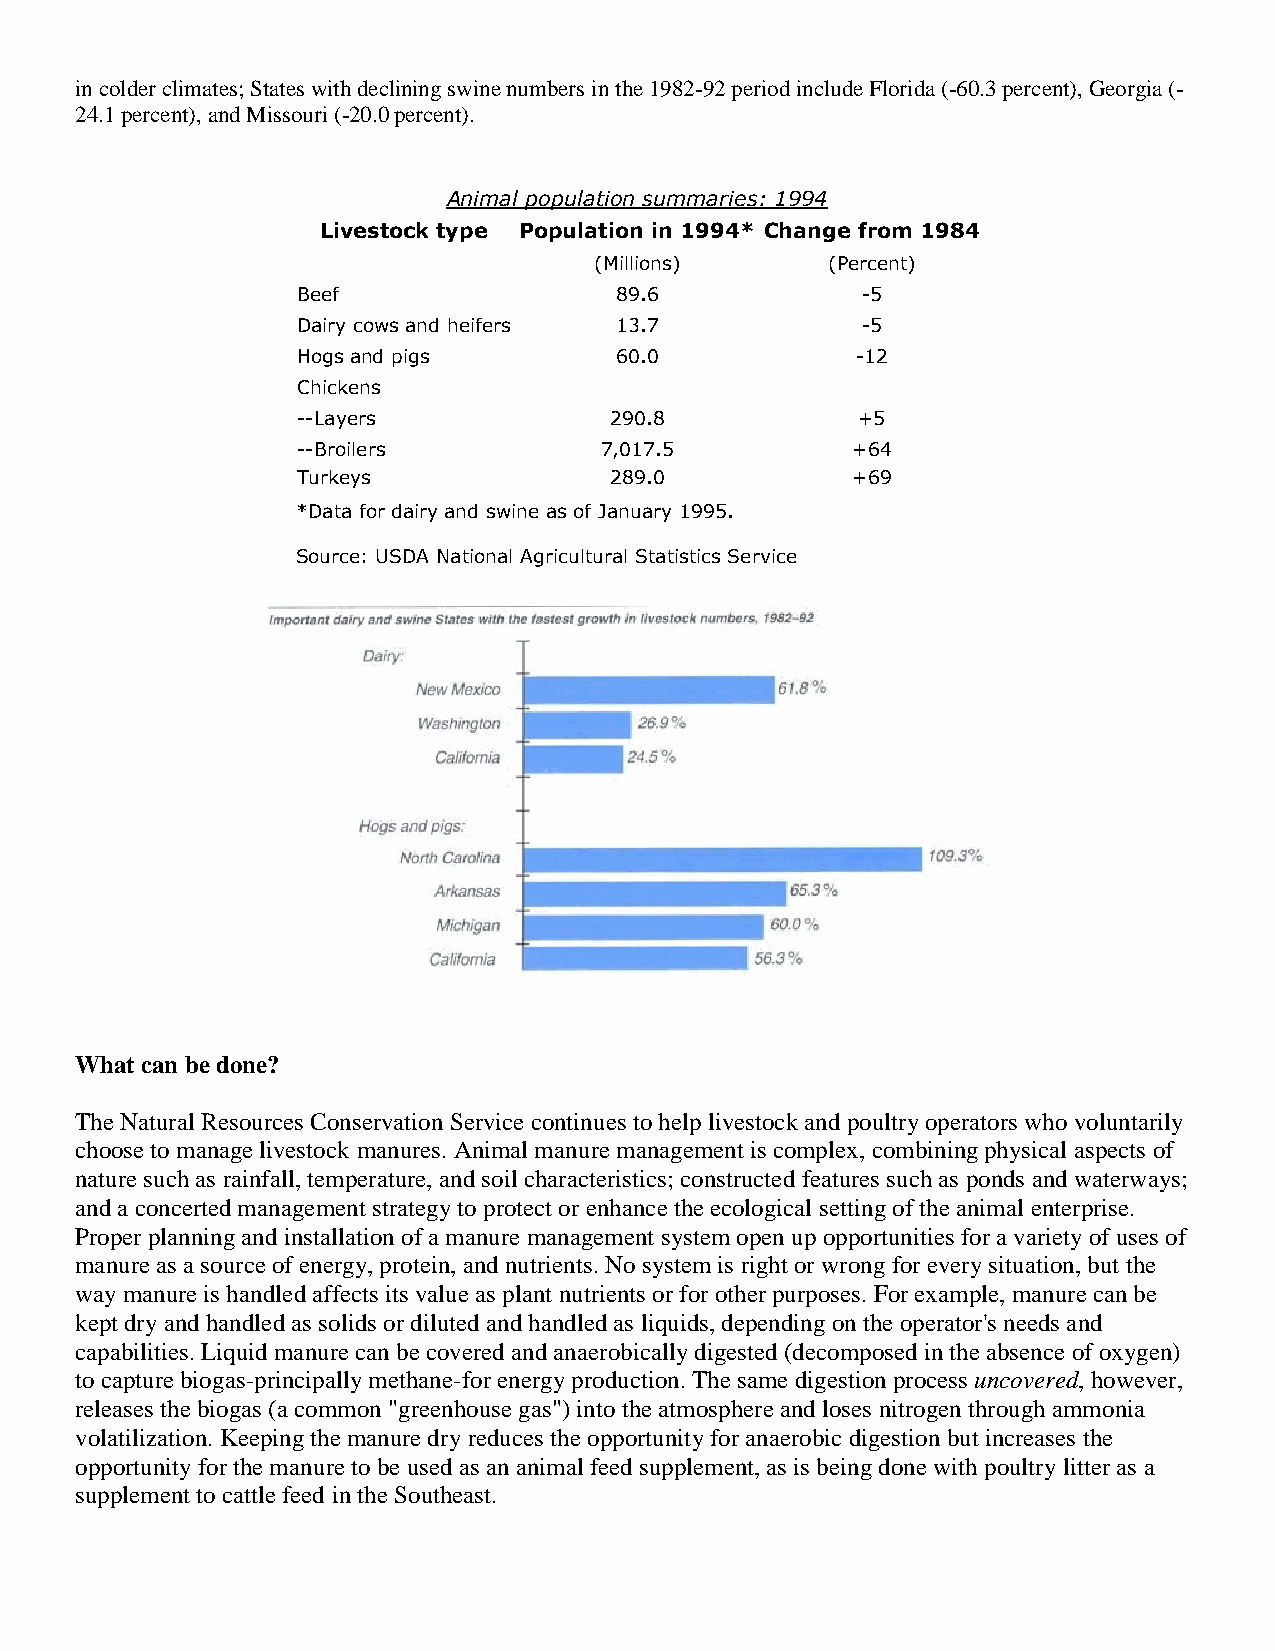
in colder climates; States with declining swine numbers in the 1982-92 period include Florida (-60.3 percent), Georgia (-
 24.1 percent), and Missouri (-20.0 percent).
 Animal population summaries: 1994
 Livestock type Population in 1994* Change from 1984
 (Millions)      (Percent)
 Beef                 89.6            -5
 Dairy cows and heifers 13.7          -5
 Hogs and pigs        60.0            -12
 Chickens
 --Layers            290.8            +5
 --Broilers          7,017.5         +64
 Turkeys             289.0           +69
 *Data for dairy and swine as of January 1995.
 Source: USDA National Agricultural Statistics Service
 What can be done?
 The Natural Resources Conservation Service continues to help livestock and poultry operators who voluntarily
 choose to manage livestock manures. Animal manure management is complex, combining physical aspects of
 nature such as rainfall, temperature, and soil characteristics; constructed features such as ponds and waterways;
 and a concerted management strategy to protect or enhance the ecological setting of the animal enterprise.
 Proper planning and installation of a manure management system open up opportunities for a variety of uses of
 manure as a source of energy, protein, and nutrients. No system is right or wrong for every situation, but the
 way manure is handled affects its value as plant nutrients or for other purposes. For example, manure can be
 kept dry and handled as solids or diluted and handled as liquids, depending on the operator's needs and
 capabilities. Liquid manure can be covered and anaerobically digested (decomposed in the absence of oxygen)
 to capture biogas-principally methane-for energy production. The same digestion process uncovered, however,
 releases the biogas (a common "greenhouse gas") into the atmosphere and loses nitrogen through ammonia
 volatilization. Keeping the manure dry reduces the opportunity for anaerobic digestion but increases the
 opportunity for the manure to be used as an animal feed supplement, as is being done with poultry litter as a
 supplement to cattle feed in the Southeast.